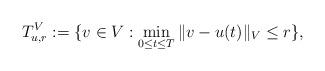
LaTeX: \begin{align*}T_{u,r}^V:=\{v\in V: \min_{0\le t\le T}\|v-u(t)\|_V\le r\} ,\end{align*}